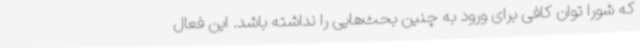
که شورا توان کافی برای ورود به چنین بحث‌هایی را نداشته باشد. این فعال